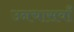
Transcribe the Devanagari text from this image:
उनचासवाँ